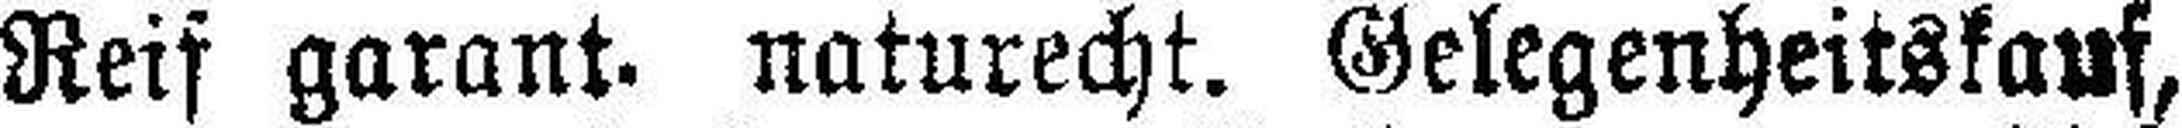
Reif garant. naturecht. Gelegenheitskauf,